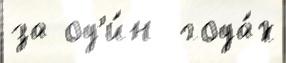
за од'и́н  года́х